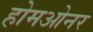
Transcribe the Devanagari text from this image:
होमओनर